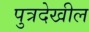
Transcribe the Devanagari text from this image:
पुत्रदेखील